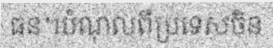
ធន។បំណុលពីប្រទេសចិន